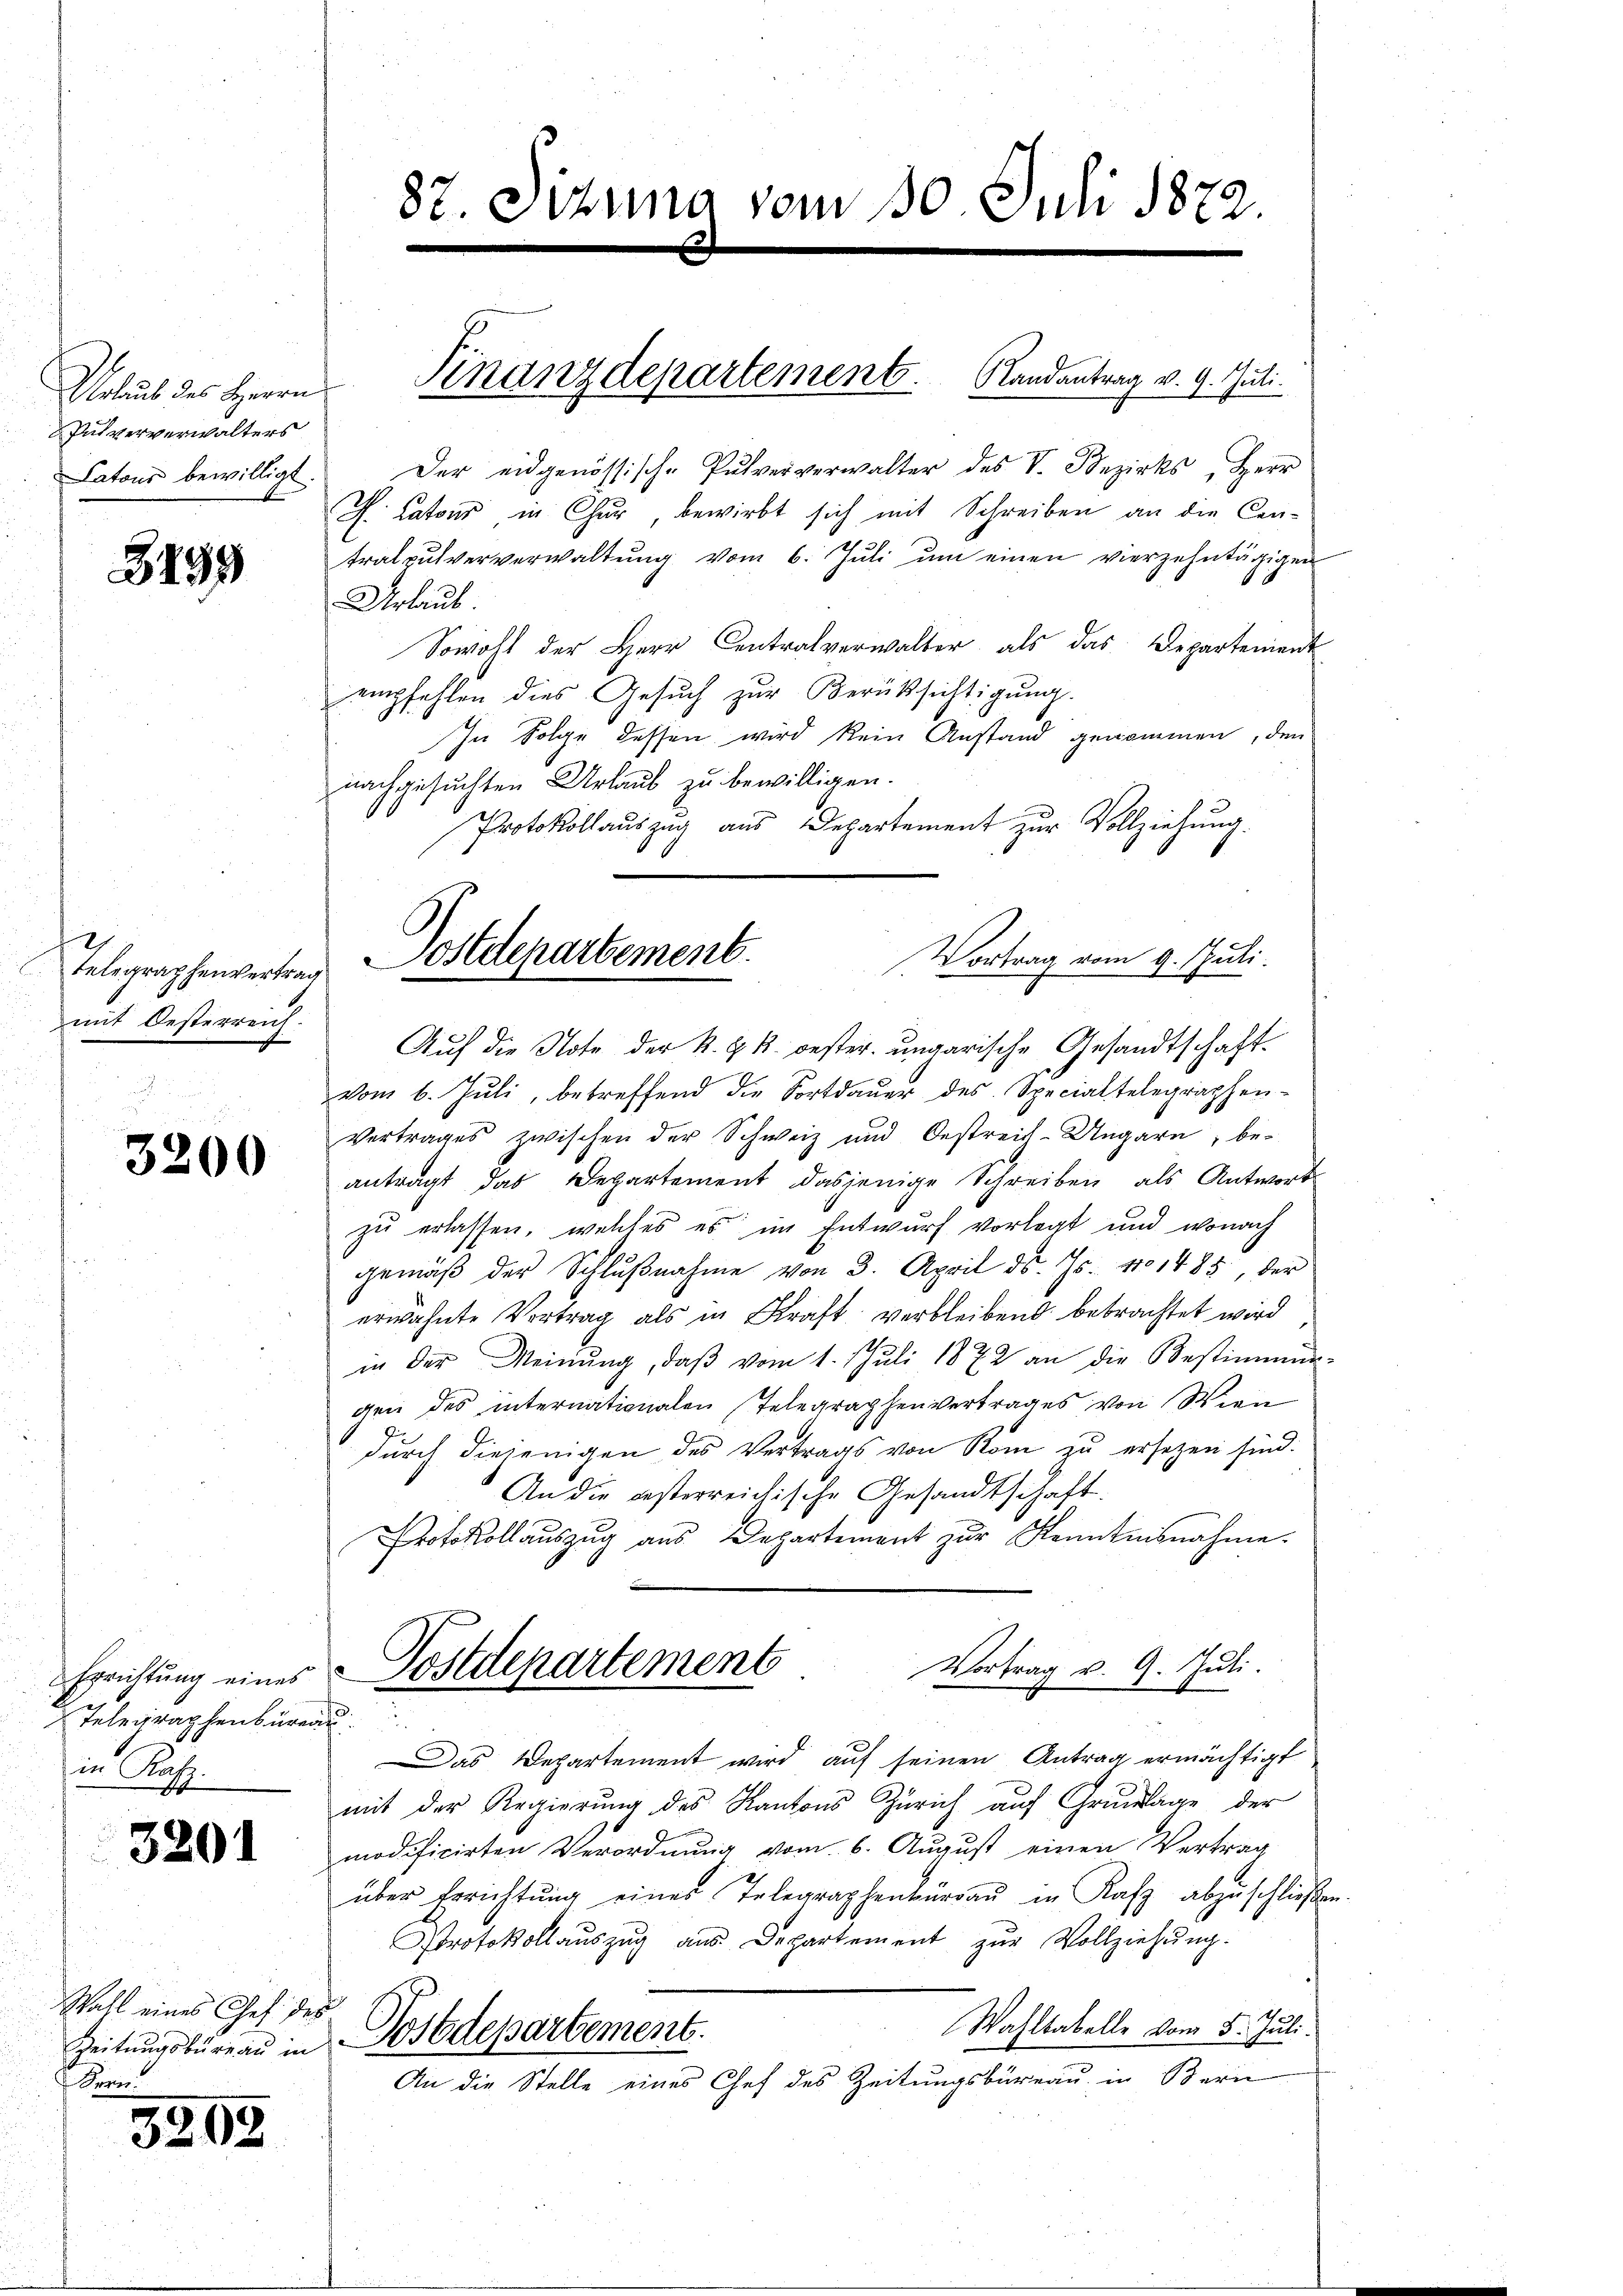
Urlaub des Herrn
Pulververwalters
Latons bewilligt.

8499

2
telegraphenvertrag
mit Oesterreich.

3200

Errichtung eines
Telegraphenbüre
in Rah

3201

Wahl eines Ges. des
Zeitungsbureau in
Sorge

5203

87. Sizung vom 30. Juli 1872.

Randantrag v. 9. Juli.
Der eidgenössische Pulververwalter des V. Bezirks, Herr
J. Latons in Chur bewirbt sich mit Schreiben an die Cen-
tralpulververwaltŭng vom 6. Jŭli ŭm einen vierzehntägigen
Urlaub
Sowohl der Herr Contralverwalter, als das Departement
empfehlen dies Gesuch zur Berüksichtigung.
In Folge dessen wird kein Anstand genommen, den
nachgesuchten Urlaub zu bewilligen.
Protokollauszug aus Departement zŭr Vollziehŭng.
Auf die Note der k. k. k. oester ungarische Gesandtschaft-
vom 6. Juli, betreffend die Fortdauer des Special telegraphen-
Vertrages zwischen der Schweiz und Oestreit-Ungarn, be-
antragt das Departement dasjenige Schreiben als Antwort
zu erlassen, welches es im Entwurf vorlegt und wonach
gemäß der Schlŭβnahme von 3. April d. Js. 101485, der
erwähnte Vertrag als in Kraft verbleibend bebrachtet wird
in der Meinŭng, daβ vom 1. Juli 1872 an die Bestimmun-
gen des internationalen Telegraphenvertrages von Wien
durch diejenigen des Vertrags von Rom zu ersetzen sind.
An die gesterreichische Gesandtschaft.
Protokollauszug aus Departement zur Kenntnisnahme.
Vortrag v. 9. Juli.
Postdepartement
f
as Departement wird auf seinen Antrag ermächtigt
mit der Regierung des Kantons Zürich auf Grundlage der
modificirten Verordnung vom 6. August einen Vertrag
über Errichtŭng eines Telegraphenbüreaŭ in Rafz abzuschließen.
Protokollauszug aus Departement zŭr Vollziehŭng.
Wahltabelle vom 5. Juli.
Postdepartement.
An die Stelle eines Chef des Zeitungsbüreau in Bern

Finanzdepartement.

Postdepartement.
Vortrag vom 9. Juli.